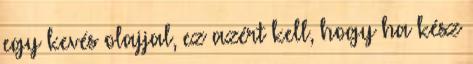
egy kevés olajjal, ez azért kell, hogy ha kész